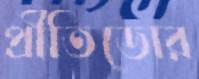
প্রীতিডোর